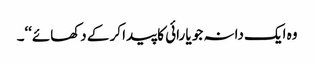
وہ ایک دانہ جو یا رائی کا پیدا کر کے دکھائے‘‘۔